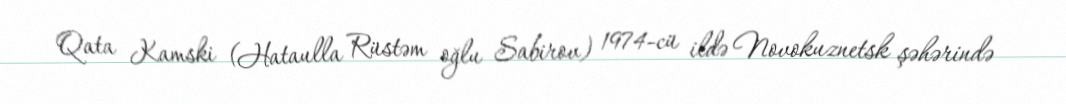
Qata Kamski (Hataulla Rüstəm oğlu Sabirov) 1974-cü ildə Novokuznetsk şəhərində